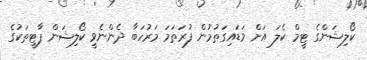
ކޯލިޝަންގެ ޓީމް ކެލަ އަށް ވަޑައިގަތުމުން ފުރަތަމަ މަރުހަބާ ދެންނެވީ ކޯލިޝަން ޕާޓީތަކުގެ